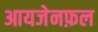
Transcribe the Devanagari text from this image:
आयजेनफ़ल